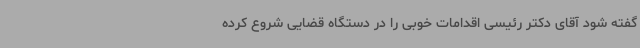
گفته شود آقای دکتر رئیسی اقدامات خوبی را در دستگاه قضایی شروع کرده